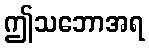
ဤသဘောအရ